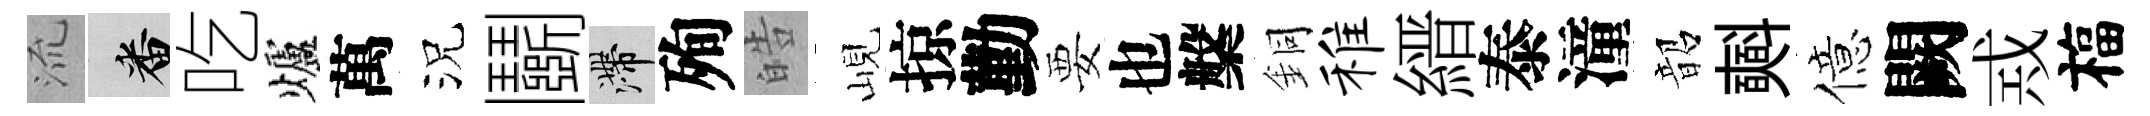
𣴑番吃爐萬況鬬滯殉皓峴掠勤要也槃銅稚縉泰潼韶𣂏億闕𢦶福